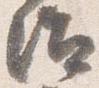
治